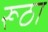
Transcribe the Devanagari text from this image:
रूठा